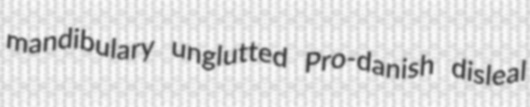
mandibulary unglutted Pro-danish disleal